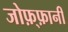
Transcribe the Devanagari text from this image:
जोफ़्फ़ानी